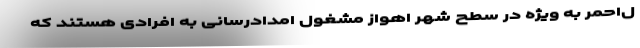
ل‌احمر به ویژه در سطح شهر اهواز مشغول امدادرسانی به افرادی هستند که